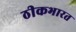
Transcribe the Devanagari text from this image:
ठीकभारत